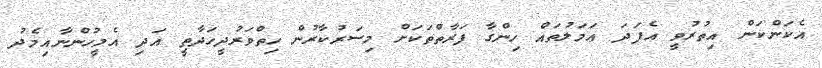
އެކަންކަން އިތުރުވީ އެފަދަ ޢަމަލުތައް ހިންގާ ފަރާތްތަކަށް މިސަރުކާރުން ހިތްވަރުދީހަދާތީ އަދި އެމީހުންނާއިމެދު